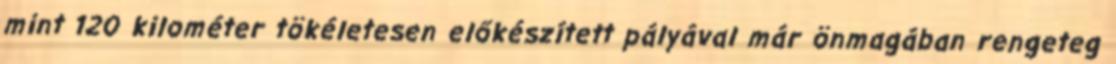
mint 120 kilométer tökéletesen előkészített pályával már önmagában rengeteg